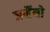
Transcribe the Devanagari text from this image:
जर्मैनो